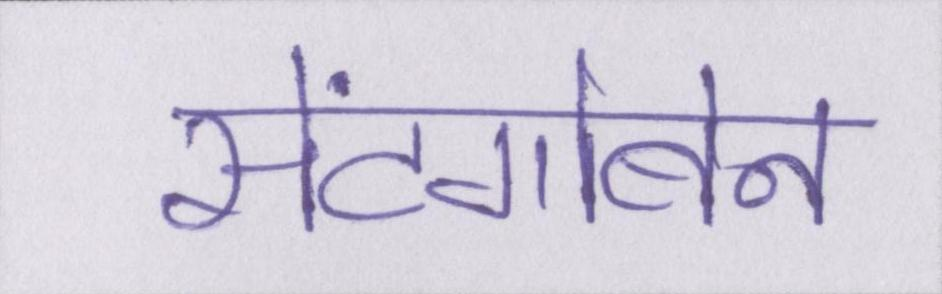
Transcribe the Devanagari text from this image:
सेंटगोबेन